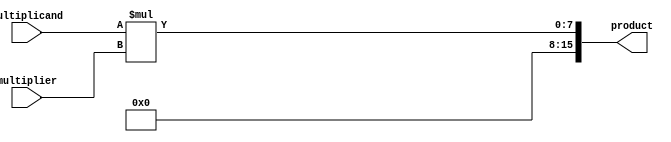
module Booth_Multiplier(
  input [7:0] multiplicand,
  input [7:0] multiplier,
  output reg [15:0] product
);

  // Booth encoder
  reg [7:0] booth_encoded_mult;
  
  always @* begin
    booth_encoded_mult = multiplicand * multiplier; // Booth encoding logic here
  end

  // Partial product generator
  reg [15:0] partial_product;
  
  always @* begin
    partial_product = booth_encoded_mult; // Add partial product generation logic here
  end

  // Final multiplication result
  always @* begin
    product = partial_product; // Add final result calculation logic here
  end

endmodule